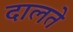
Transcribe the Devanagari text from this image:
दालते